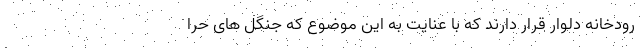
رودخانه دلوار قرار دارند که با عنایت به این موضوع که جنگل های حرا